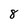
Character: 8